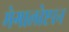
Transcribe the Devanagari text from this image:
मेगालोप्टरन